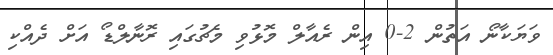
ވަޔަކާނޯ އަތުން 2-0 އިން ރެއާލް މޮޅުވި މެޗުގައި ރޮނާލްޑޯ އަށް ދެއްކި